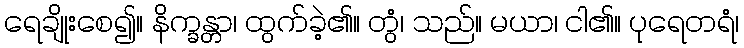
ရေချိုးစေ၍။ နိက္ခန္တာ၊ ထွက်ခဲ့၏။ တွံ၊ သည်။ မယာ၊ ငါ၏။ ပုရေတရံ၊